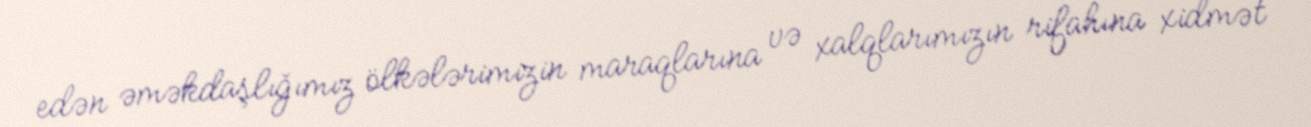
edən əməkdaşlığımız ölkələrimizin maraqlarına və xalqlarımızın rifahına xidmət